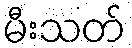
မီးသတ်